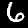
Label: 6